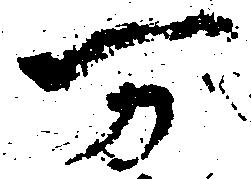
万